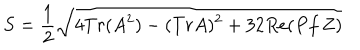
S = { \frac { 1 } { 2 } } \sqrt { 4 T r ( A ^ { 2 } ) - ( T r A ) ^ { 2 } + 3 2 R e ( P f \, Z ) }